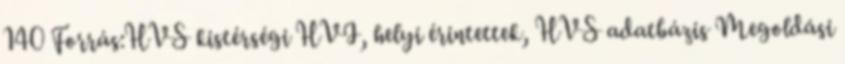
140 Forrás:HVS kistérségi HVI, helyi érintettek, HVS adatbázis Megoldási